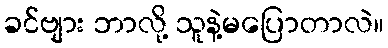
ခင်ဗျား ဘာလို့ သူနဲ့မပြောတာလဲ။